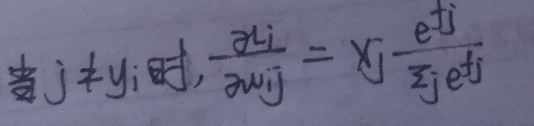
当$  j \neq y_i  $时$, \frac{\partial L_i}{\partial w_{ij}} = x_j \frac{e^{t_j}}{z_j e^{t_j}}$